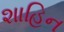
શાહિન